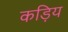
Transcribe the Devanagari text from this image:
कड़िय